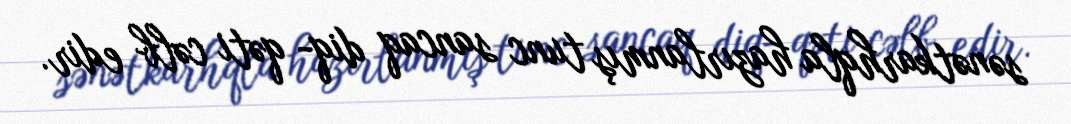
sənətkarhqla hazırlanmış tunc sancaq diq- qəti cəlb edir.